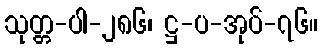
သုတ္တ-ပါ-၂၈၆၊ ဋ္ဌ-ပ-အုပ်-၇၆။